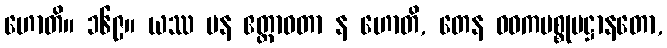
ဟောတိ။ ၁၆၉။ ယဿ ပန ဧတ္တာဝတာ န ဟောတိ, တေန ဝဓကပစ္စုပဋ္ဌာနတော,